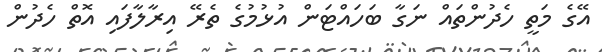
އޭގެ މަތީ ހެދުންތައް ނަގާ ބަހައްޓަން އުޅުމުގެ ތެރޭ އިރާލާފައި އޮތް ހެދުން